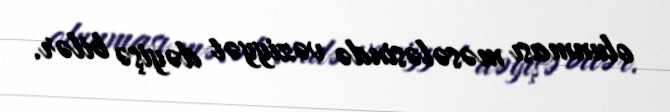
olunması məsələsində vəziyyət dəyişə bilər.